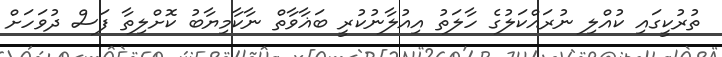
ތުރުކީގައި ކުއްލި ނުރައްކަލުގެ ހާލަތު އިއުލާނުކުރީ ބަޣާވާތް ނާކާމިޔާބު ކޮށްލިތާ ފަސް ދުވަހަށް